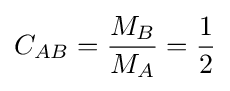
C_{AB}={\frac {M_{B}}{M_{A}}}={\frac {1}{2}}